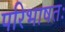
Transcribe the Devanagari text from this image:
परिभाषतः